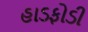
હાડફોડી